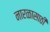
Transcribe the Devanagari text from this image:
नारळासाठी